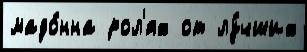
мадо́нна рол'ях от лу́чших